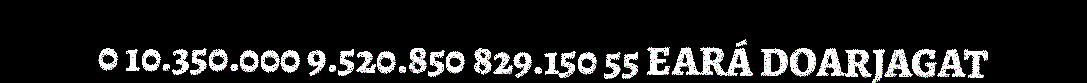
0 10.350.000 9.520.850 829.150 55 EARÁ DOARJAGAT